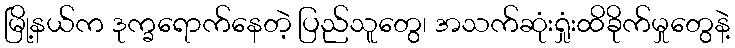
မြို့နယ်က ဒုက္ခရောက်နေတဲ့ ပြည်သူတွေ၊ အသက်ဆုံးရှုံးထိခိုက်မှုတွေနဲ့